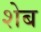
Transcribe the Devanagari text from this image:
शेब